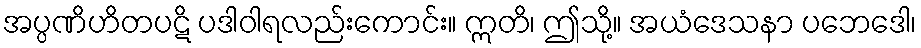
အပ္ပဏိဟိတပဋိ ပဒါဝါရလည်းကောင်း။ ဣတိ၊ ဤသို့။ အယံဒေသနာ ပဘေဒေါ၊